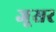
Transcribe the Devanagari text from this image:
जूसर